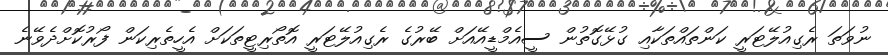
ނުވަތަ ރެގިއުލޭޓަރީ ކަންތައްތަކާއި ގުޅޭގޮތުން ސީއެމްޑީއޭއަށް ބޭރުގެ ރެގިއުލޭޓަރީ އޮތޯރިޓީތަކަށް އެހީތެރިކަން ފޯރުކޮށްދެވޭނެ